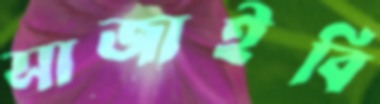
সাজাইবি